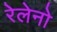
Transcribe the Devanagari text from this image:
रेलेनो